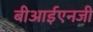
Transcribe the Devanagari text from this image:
बीआईएनजी